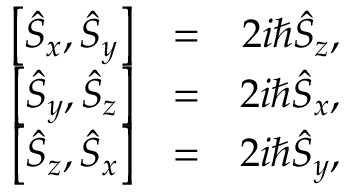
\begin{array} { r l r } { \left[ \hat { S } _ { x } , \hat { S } _ { y } \right] } & { = } & { 2 i \hbar \hat { S } _ { z } , } \\ { \left[ \hat { S } _ { y } , \hat { S } _ { z } \right] } & { = } & { 2 i \hbar \hat { S } _ { x } , } \\ { \left[ \hat { S } _ { z } , \hat { S } _ { x } \right] } & { = } & { 2 i \hbar \hat { S } _ { y } , } \end{array}